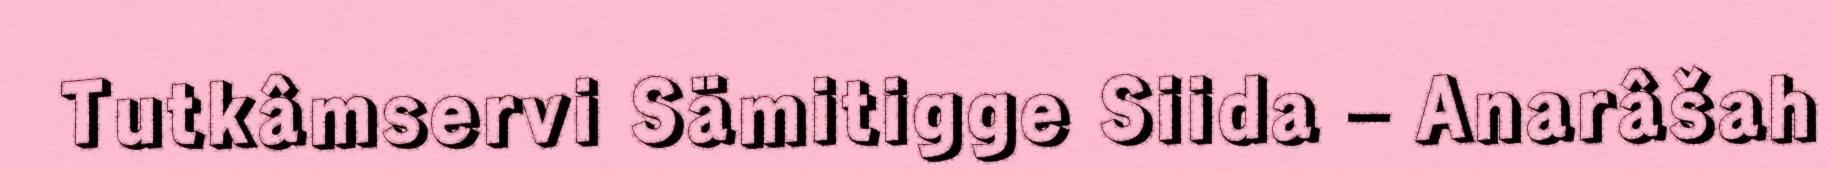
Tutkâmservi Sämitigge Siida – Anarâšah